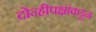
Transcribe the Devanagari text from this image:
दोन्हीपक्षांकडून